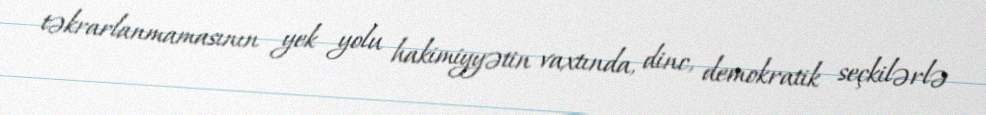
təkrarlanmamasının yek yolu hakimiyyətin vaxtında, dinc, demokratik seçkilərlə